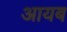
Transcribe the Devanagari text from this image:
आयब